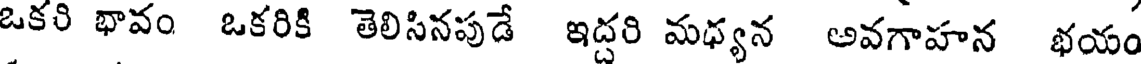
ఒకరి భావం ఒకరికి తెలిసినపుడే ఇద్దరి మధ్యన అవగాహన భయం